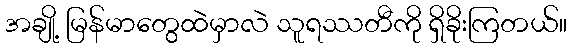
အချို့ မြန်မာတွေထဲမှာလဲ သူရဿတီကို ရှိခိုးကြတယ်။